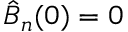
\hat { B } _ { n } ( 0 ) = 0